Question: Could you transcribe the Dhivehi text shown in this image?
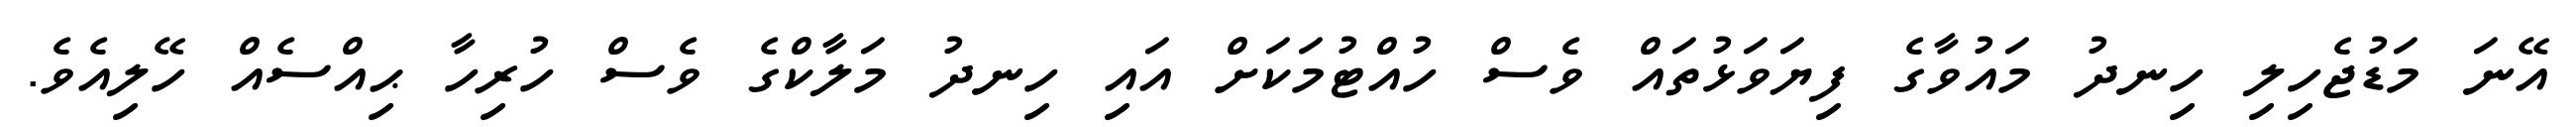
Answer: އޭނަ މަޑުޖެހިލި ހިނދު މައުވާގެ ފިޔަވަޅުތައް ވެސް ހުއްޓުމަކަށް އައި ހިނދު މަލާކްގެ ވެސް ހުރިހާ ޙިއްސެއް ހޭލިއެވެ.